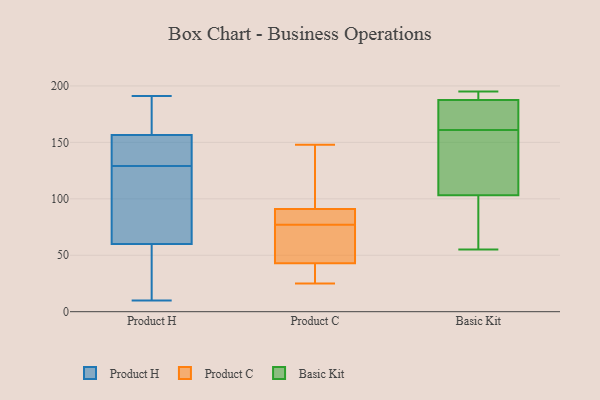
{"axis": {"x": "Operating Costs (USD K)", "y": "Value"}, "legend": ["Basic Kit", "Product C", "Product H"], "data": [{"x": "", "y": 145, "type": "Product H"}, {"x": "", "y": 128, "type": "Product H"}, {"x": "", "y": 70, "type": "Product H"}, {"x": "", "y": 10, "type": "Product H"}, {"x": "", "y": 50, "type": "Product H"}, {"x": "", "y": 109, "type": "Product H"}, {"x": "", "y": 168, "type": "Product H"}, {"x": "", "y": 14, "type": "Product H"}, {"x": "", "y": 191, "type": "Product H"}, {"x": "", "y": 130, "type": "Product H"}, {"x": "", "y": 189, "type": "Product H"}, {"x": "", "y": 138, "type": "Product H"}, {"x": "", "y": 43, "type": "Product C"}, {"x": "", "y": 46, "type": "Product C"}, {"x": "", "y": 116, "type": "Product C"}, {"x": "", "y": 76, "type": "Product C"}, {"x": "", "y": 34, "type": "Product C"}, {"x": "", "y": 35, "type": "Product C"}, {"x": "", "y": 91, "type": "Product C"}, {"x": "", "y": 78, "type": "Product C"}, {"x": "", "y": 79, "type": "Product C"}, {"x": "", "y": 81, "type": "Product C"}, {"x": "", "y": 148, "type": "Product C"}, {"x": "", "y": 25, "type": "Product C"}, {"x": "", "y": 67, "type": "Product C"}, {"x": "", "y": 139, "type": "Product C"}, {"x": "", "y": 55, "type": "Basic Kit"}, {"x": "", "y": 189, "type": "Basic Kit"}, {"x": "", "y": 161, "type": "Basic Kit"}, {"x": "", "y": 190, "type": "Basic Kit"}, {"x": "", "y": 113, "type": "Basic Kit"}, {"x": "", "y": 71, "type": "Basic Kit"}, {"x": "", "y": 195, "type": "Basic Kit"}, {"x": "", "y": 126, "type": "Basic Kit"}, {"x": "", "y": 193, "type": "Basic Kit"}, {"x": "", "y": 182, "type": "Basic Kit"}, {"x": "", "y": 60, "type": "Basic Kit"}, {"x": "", "y": 183, "type": "Basic Kit"}, {"x": "", "y": 127, "type": "Basic Kit"}, {"x": "", "y": 100, "type": "Basic Kit"}, {"x": "", "y": 178, "type": "Basic Kit"}]}